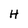
Character: H